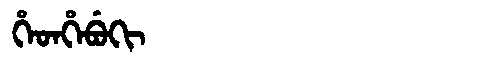
Manchu: ᡥᡝᡨᡥᡝᠪᡠᡴᡳ
Romanization: HETHEBUKI